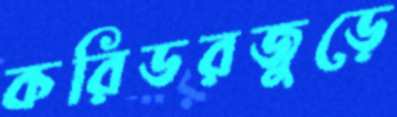
করিডরজুড়ে